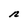
Character: n